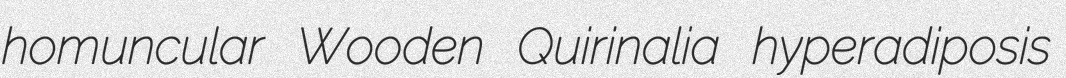
homuncular Wooden Quirinalia hyperadiposis